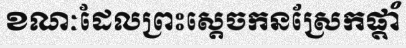
ខណៈដែលព្រះស្តេចកនស្រែកផ្តាំ